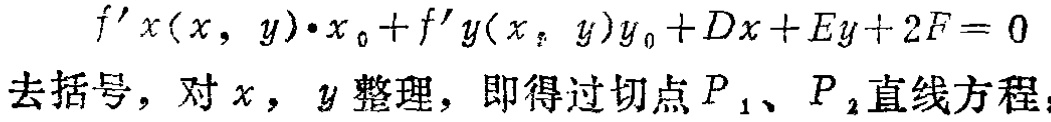
\[
f'_x(x,y)\cdot x_0 + f'_y(x,y)y_0 + Dx + Ey + 2F = 0
\]
去括号，对\(x\)，\(y\)整理，即得过切点\(P_1\)、\(P_2\)直线方程：